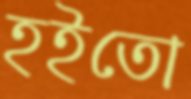
হইতো